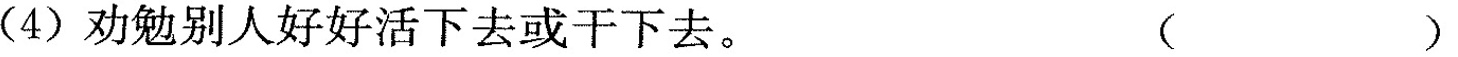
(4) 劝勉别人好好活下去或干下去。()